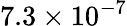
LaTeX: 7.3\times 10^{-7}